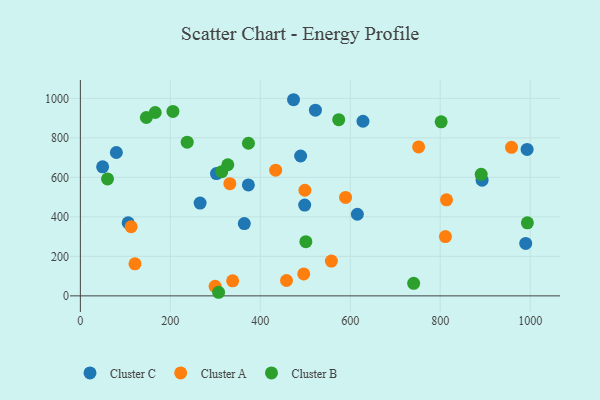
{"axis": {"x": "Ad Spend", "y": "Rating"}, "legend": ["Cluster A", "Cluster B", "Cluster C"], "data": [{"x": "302.6", "y": 619.3, "type": "Cluster C"}, {"x": "80.0", "y": 725.9, "type": "Cluster C"}, {"x": "373.5", "y": 561.6, "type": "Cluster C"}, {"x": "993.2", "y": 741.5, "type": "Cluster C"}, {"x": "106.2", "y": 370.1, "type": "Cluster C"}, {"x": "49.5", "y": 653.4, "type": "Cluster C"}, {"x": "266.2", "y": 469.6, "type": "Cluster C"}, {"x": "628.3", "y": 884.1, "type": "Cluster C"}, {"x": "615.8", "y": 413.2, "type": "Cluster C"}, {"x": "473.9", "y": 993.0, "type": "Cluster C"}, {"x": "522.6", "y": 940.2, "type": "Cluster C"}, {"x": "990.1", "y": 265.4, "type": "Cluster C"}, {"x": "364.5", "y": 366.0, "type": "Cluster C"}, {"x": "893.1", "y": 585.9, "type": "Cluster C"}, {"x": "489.7", "y": 708.0, "type": "Cluster C"}, {"x": "498.7", "y": 459.8, "type": "Cluster C"}, {"x": "434.2", "y": 636.3, "type": "Cluster A"}, {"x": "458.3", "y": 77.9, "type": "Cluster A"}, {"x": "299.6", "y": 48.4, "type": "Cluster A"}, {"x": "958.5", "y": 751.8, "type": "Cluster A"}, {"x": "332.4", "y": 568.0, "type": "Cluster A"}, {"x": "589.6", "y": 498.6, "type": "Cluster A"}, {"x": "752.0", "y": 753.9, "type": "Cluster A"}, {"x": "811.6", "y": 300.3, "type": "Cluster A"}, {"x": "558.1", "y": 175.9, "type": "Cluster A"}, {"x": "112.9", "y": 349.8, "type": "Cluster A"}, {"x": "121.4", "y": 162.3, "type": "Cluster A"}, {"x": "338.6", "y": 76.4, "type": "Cluster A"}, {"x": "499.2", "y": 534.8, "type": "Cluster A"}, {"x": "496.6", "y": 111.3, "type": "Cluster A"}, {"x": "814.0", "y": 486.3, "type": "Cluster A"}, {"x": "574.4", "y": 892.1, "type": "Cluster B"}, {"x": "802.1", "y": 881.0, "type": "Cluster B"}, {"x": "166.4", "y": 928.2, "type": "Cluster B"}, {"x": "307.3", "y": 18.2, "type": "Cluster B"}, {"x": "501.3", "y": 274.5, "type": "Cluster B"}, {"x": "891.1", "y": 615.2, "type": "Cluster B"}, {"x": "741.0", "y": 63.6, "type": "Cluster B"}, {"x": "205.8", "y": 934.0, "type": "Cluster B"}, {"x": "993.8", "y": 369.8, "type": "Cluster B"}, {"x": "60.4", "y": 592.0, "type": "Cluster B"}, {"x": "314.3", "y": 629.0, "type": "Cluster B"}, {"x": "146.7", "y": 902.9, "type": "Cluster B"}, {"x": "327.8", "y": 663.8, "type": "Cluster B"}, {"x": "237.5", "y": 778.2, "type": "Cluster B"}, {"x": "373.7", "y": 772.6, "type": "Cluster B"}]}